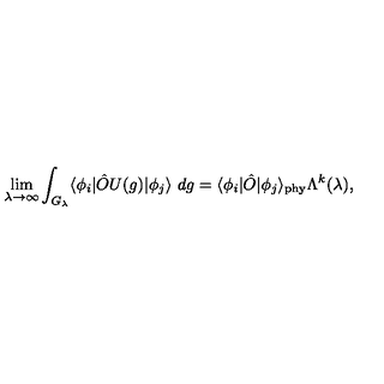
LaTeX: \lim _ { \lambda \rightarrow \infty } \int _ { G _ { \lambda } } \langle \phi _ { i } | \hat { O } U ( g ) | \phi _ { j } \rangle \ d g = \langle \phi _ { i } | \hat { O } | \phi _ { j } \rangle _ { \mathrm { \tiny p h y } } \Lambda ^ { k } ( \lambda ) ,